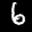
Label: 6